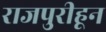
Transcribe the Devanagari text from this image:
राजपुरीहून